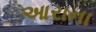
આરાના